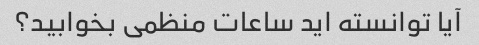
آیا توانسته اید ساعات منظمی بخوابید؟